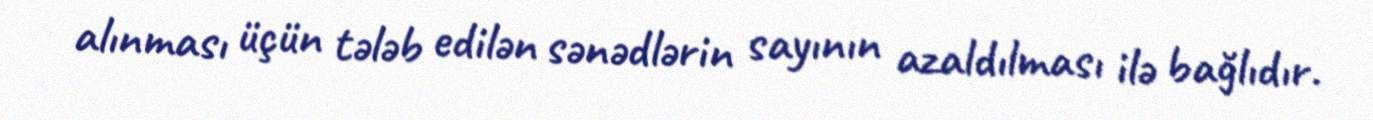
alınması üçün tələb edilən sənədlərin sayının azaldılması ilə bağlıdır.